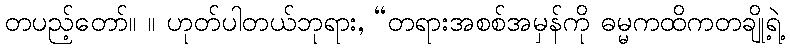
တပည့်တော်။ ။ ဟုတ်ပါတယ်ဘုရား, “တရားအစစ်အမှန်ကို ဓမ္မကထိကတချို့ရဲ့